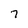
Character: 7